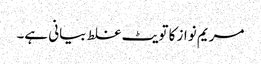
مریم نواز کا تویٹ غلط بیانی ہے۔